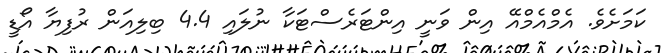
ކަމަށެވެ. އެމްއެމްއޭ އިން ވަނީ އިންޓަރެސްޓަކާ ނުލައި 4.4 ބިލިއަން ރުފިޔާ އޯޑީ